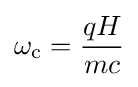
\omega _{\rm {c}}={\frac {qH}{mc}}